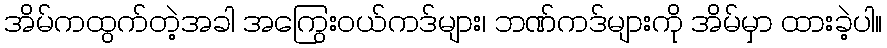
အိမ်ကထွက်တဲ့အခါ အကြွေးဝယ်ကဒ်များ၊ ဘဏ်ကဒ်များကို အိမ်မှာ ထားခဲ့ပါ။